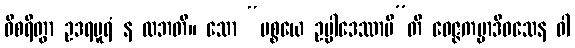
ဝိစရိတွာ ဥဒရပူရံ န လဘတိ။ သော “ပစ္စယေ ဥပ္ပါဒေဿာမီ”တိ ဝေဇ္ဇကမ္မာဒိဝသေန ဝါ